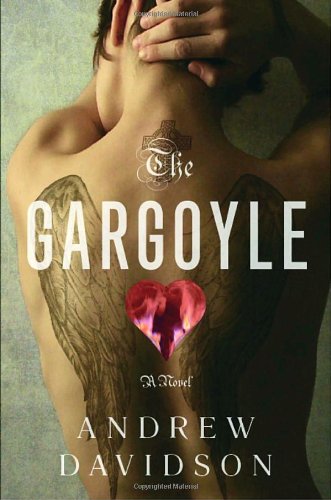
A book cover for The Gargoyle; Andrew Davidson; Literature & Fiction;